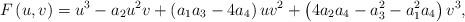
LaTeX: \begin{align*}F\left( u,v\right) =u^{3}-a_{2}u^{2}v+\left( a_{1}a_{3}-4a_{4}\right)uv^{2}+\left( 4a_{2}a_{4}-a_{3}^{2}-a_{1}^{2}a_{4}\right) v^{3},\end{align*}